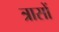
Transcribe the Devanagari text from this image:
त्रासों